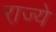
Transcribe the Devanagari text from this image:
रा़ज्ये